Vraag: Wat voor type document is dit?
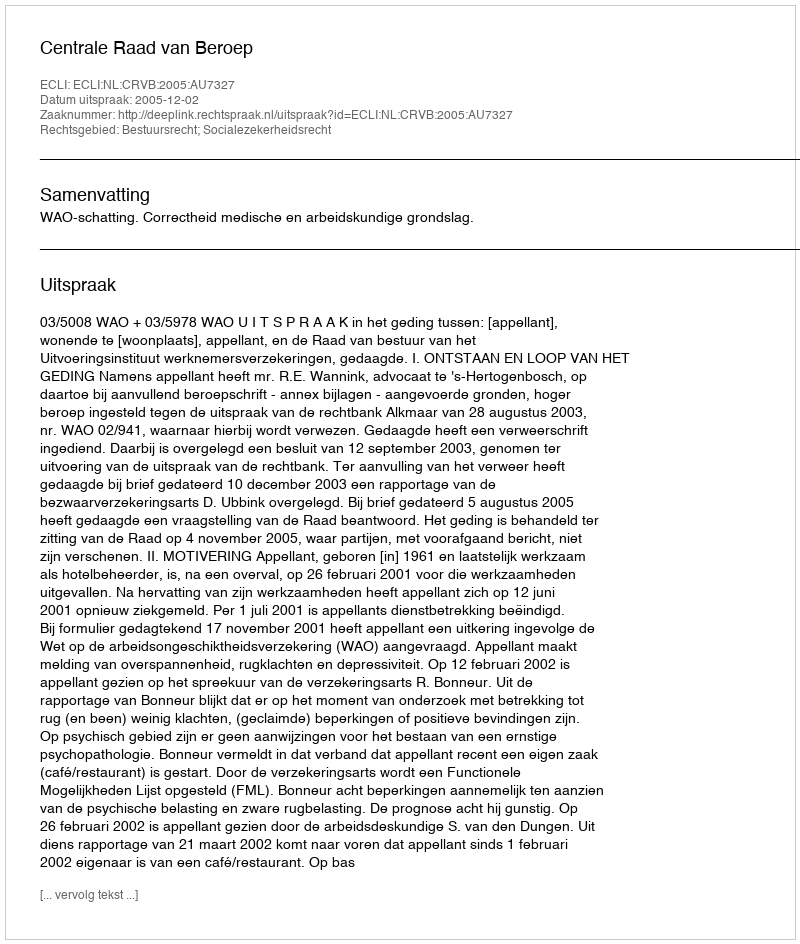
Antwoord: Uitspraak